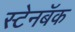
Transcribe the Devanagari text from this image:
स्टेनबॅक